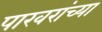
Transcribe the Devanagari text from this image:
पाखरांच्या